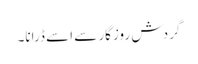
گردش روزگار سے اسے ڈرانا۔